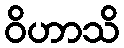
ဝိဟာသိ